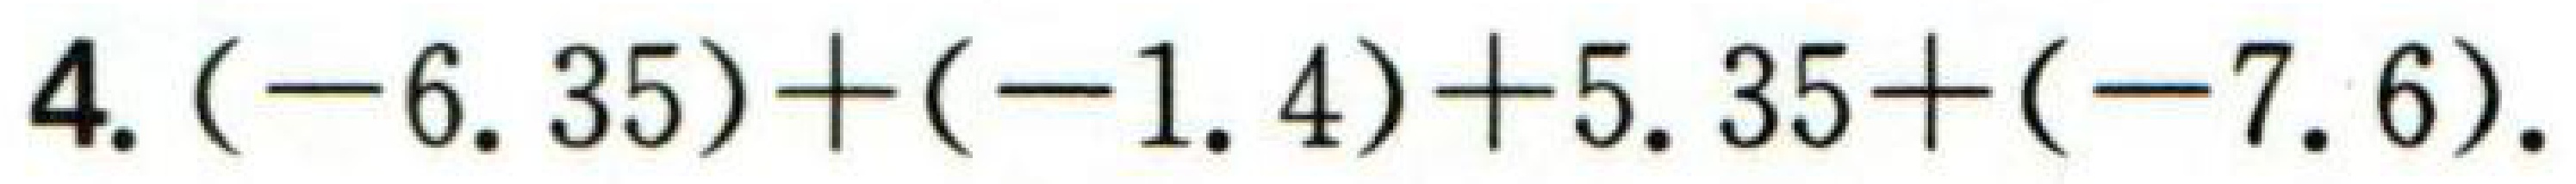
$4.(-6.35)+(-1.4)+5.35+(-7.6).$